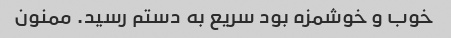
خوب و خوشمزه بود سریع به دستم رسید. ممنون